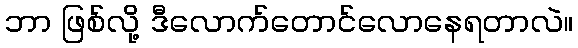
ဘာ ဖြစ်လို့ ဒီလောက်တောင်လောနေရတာလဲ။